Medical and sanitary report of the native army of Bengal for the year
Year: 1876
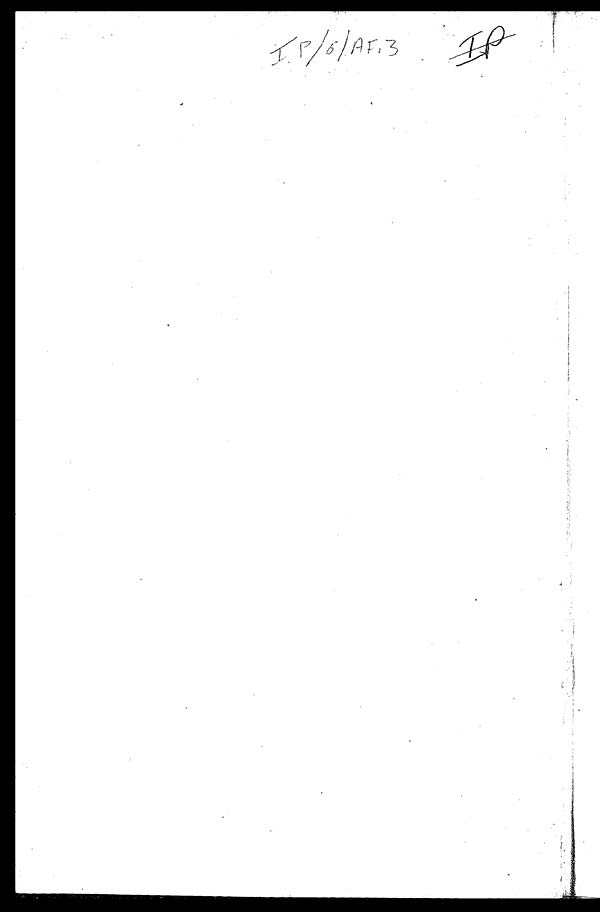
I P/ 6 / AF . 3 I P